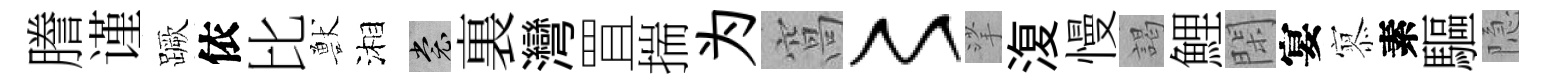
謄谨蹶依比獸湘裳裏灣罝揣为窩〻挲𣸪慢謁鯉閑宴𡪹素驅隐